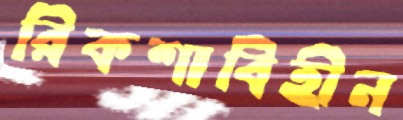
রিকশাবিহীন